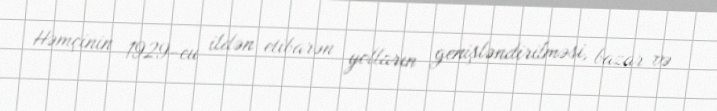
Həmçinin 1929-cu ildən etibarən yolların genişləndirilməsi, bazar və